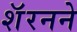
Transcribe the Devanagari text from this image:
शॅरनने